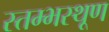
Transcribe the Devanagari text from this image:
स्तम्भस्थूण